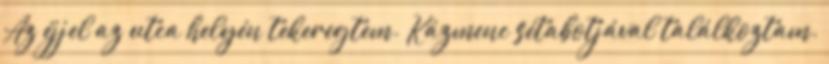
Az éjjel az utca helyén tekeregtem. Kázmenc sétabotjával találkoztam.